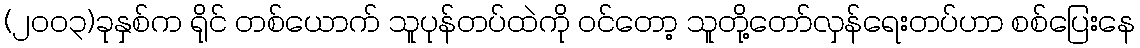
(၂၀၀၃)ခုနှစ်က ရိုင် တစ်ယောက် သူပုန်တပ်ထဲကို ဝင်တော့ သူတို့တော်လှန်ရေးတပ်ဟာ စစ်ပြေးနေ